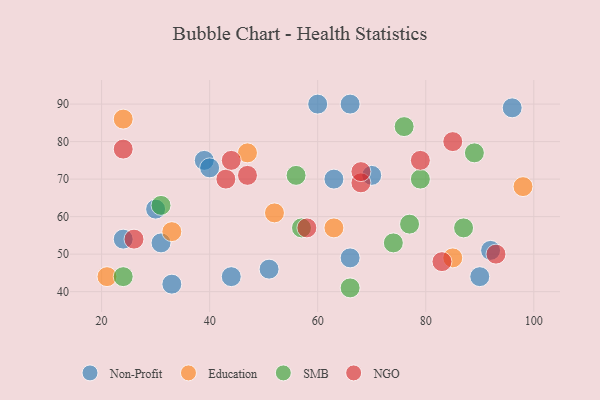
{"axis": {"x": "GDP", "y": "Life Expectancy"}, "legend": ["Education", "NGO", "Non-Profit", "SMB"], "data": [{"x": "90", "y": 44, "type": "Non-Profit"}, {"x": "31", "y": 53, "type": "Non-Profit"}, {"x": "66", "y": 49, "type": "Non-Profit"}, {"x": "92", "y": 51, "type": "Non-Profit"}, {"x": "39", "y": 75, "type": "Non-Profit"}, {"x": "44", "y": 44, "type": "Non-Profit"}, {"x": "70", "y": 71, "type": "Non-Profit"}, {"x": "51", "y": 46, "type": "Non-Profit"}, {"x": "30", "y": 62, "type": "Non-Profit"}, {"x": "24", "y": 54, "type": "Non-Profit"}, {"x": "33", "y": 42, "type": "Non-Profit"}, {"x": "66", "y": 90, "type": "Non-Profit"}, {"x": "60", "y": 90, "type": "Non-Profit"}, {"x": "96", "y": 89, "type": "Non-Profit"}, {"x": "63", "y": 70, "type": "Non-Profit"}, {"x": "40", "y": 73, "type": "Non-Profit"}, {"x": "47", "y": 77, "type": "Education"}, {"x": "33", "y": 56, "type": "Education"}, {"x": "98", "y": 68, "type": "Education"}, {"x": "85", "y": 49, "type": "Education"}, {"x": "52", "y": 61, "type": "Education"}, {"x": "21", "y": 44, "type": "Education"}, {"x": "24", "y": 86, "type": "Education"}, {"x": "63", "y": 57, "type": "Education"}, {"x": "79", "y": 70, "type": "SMB"}, {"x": "57", "y": 57, "type": "SMB"}, {"x": "74", "y": 53, "type": "SMB"}, {"x": "56", "y": 71, "type": "SMB"}, {"x": "89", "y": 77, "type": "SMB"}, {"x": "66", "y": 41, "type": "SMB"}, {"x": "24", "y": 44, "type": "SMB"}, {"x": "87", "y": 57, "type": "SMB"}, {"x": "76", "y": 84, "type": "SMB"}, {"x": "31", "y": 63, "type": "SMB"}, {"x": "77", "y": 58, "type": "SMB"}, {"x": "24", "y": 78, "type": "NGO"}, {"x": "83", "y": 48, "type": "NGO"}, {"x": "68", "y": 69, "type": "NGO"}, {"x": "79", "y": 75, "type": "NGO"}, {"x": "47", "y": 71, "type": "NGO"}, {"x": "43", "y": 70, "type": "NGO"}, {"x": "85", "y": 80, "type": "NGO"}, {"x": "93", "y": 50, "type": "NGO"}, {"x": "44", "y": 75, "type": "NGO"}, {"x": "26", "y": 54, "type": "NGO"}, {"x": "58", "y": 57, "type": "NGO"}, {"x": "68", "y": 72, "type": "NGO"}]}